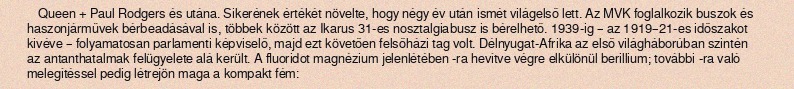
Queen + Paul Rodgers és utána. Sikerének értékét növelte, hogy négy év után ismét világelső lett. Az MVK foglalkozik buszok és haszonjárművek bérbeadásával is, többek között az Ikarus 31-es nosztalgiabusz is bérelhető. 1939-ig – az 1919–21-es időszakot kivéve – folyamatosan parlamenti képviselő, majd ezt követően felsőházi tag volt. Délnyugat-Afrika az első világháborúban szintén az antanthatalmak felügyelete alá került. A fluoridot magnézium jelenlétében -ra hevítve végre elkülönül berillium; további -ra való melegítéssel pedig létrejön maga a kompakt fém: